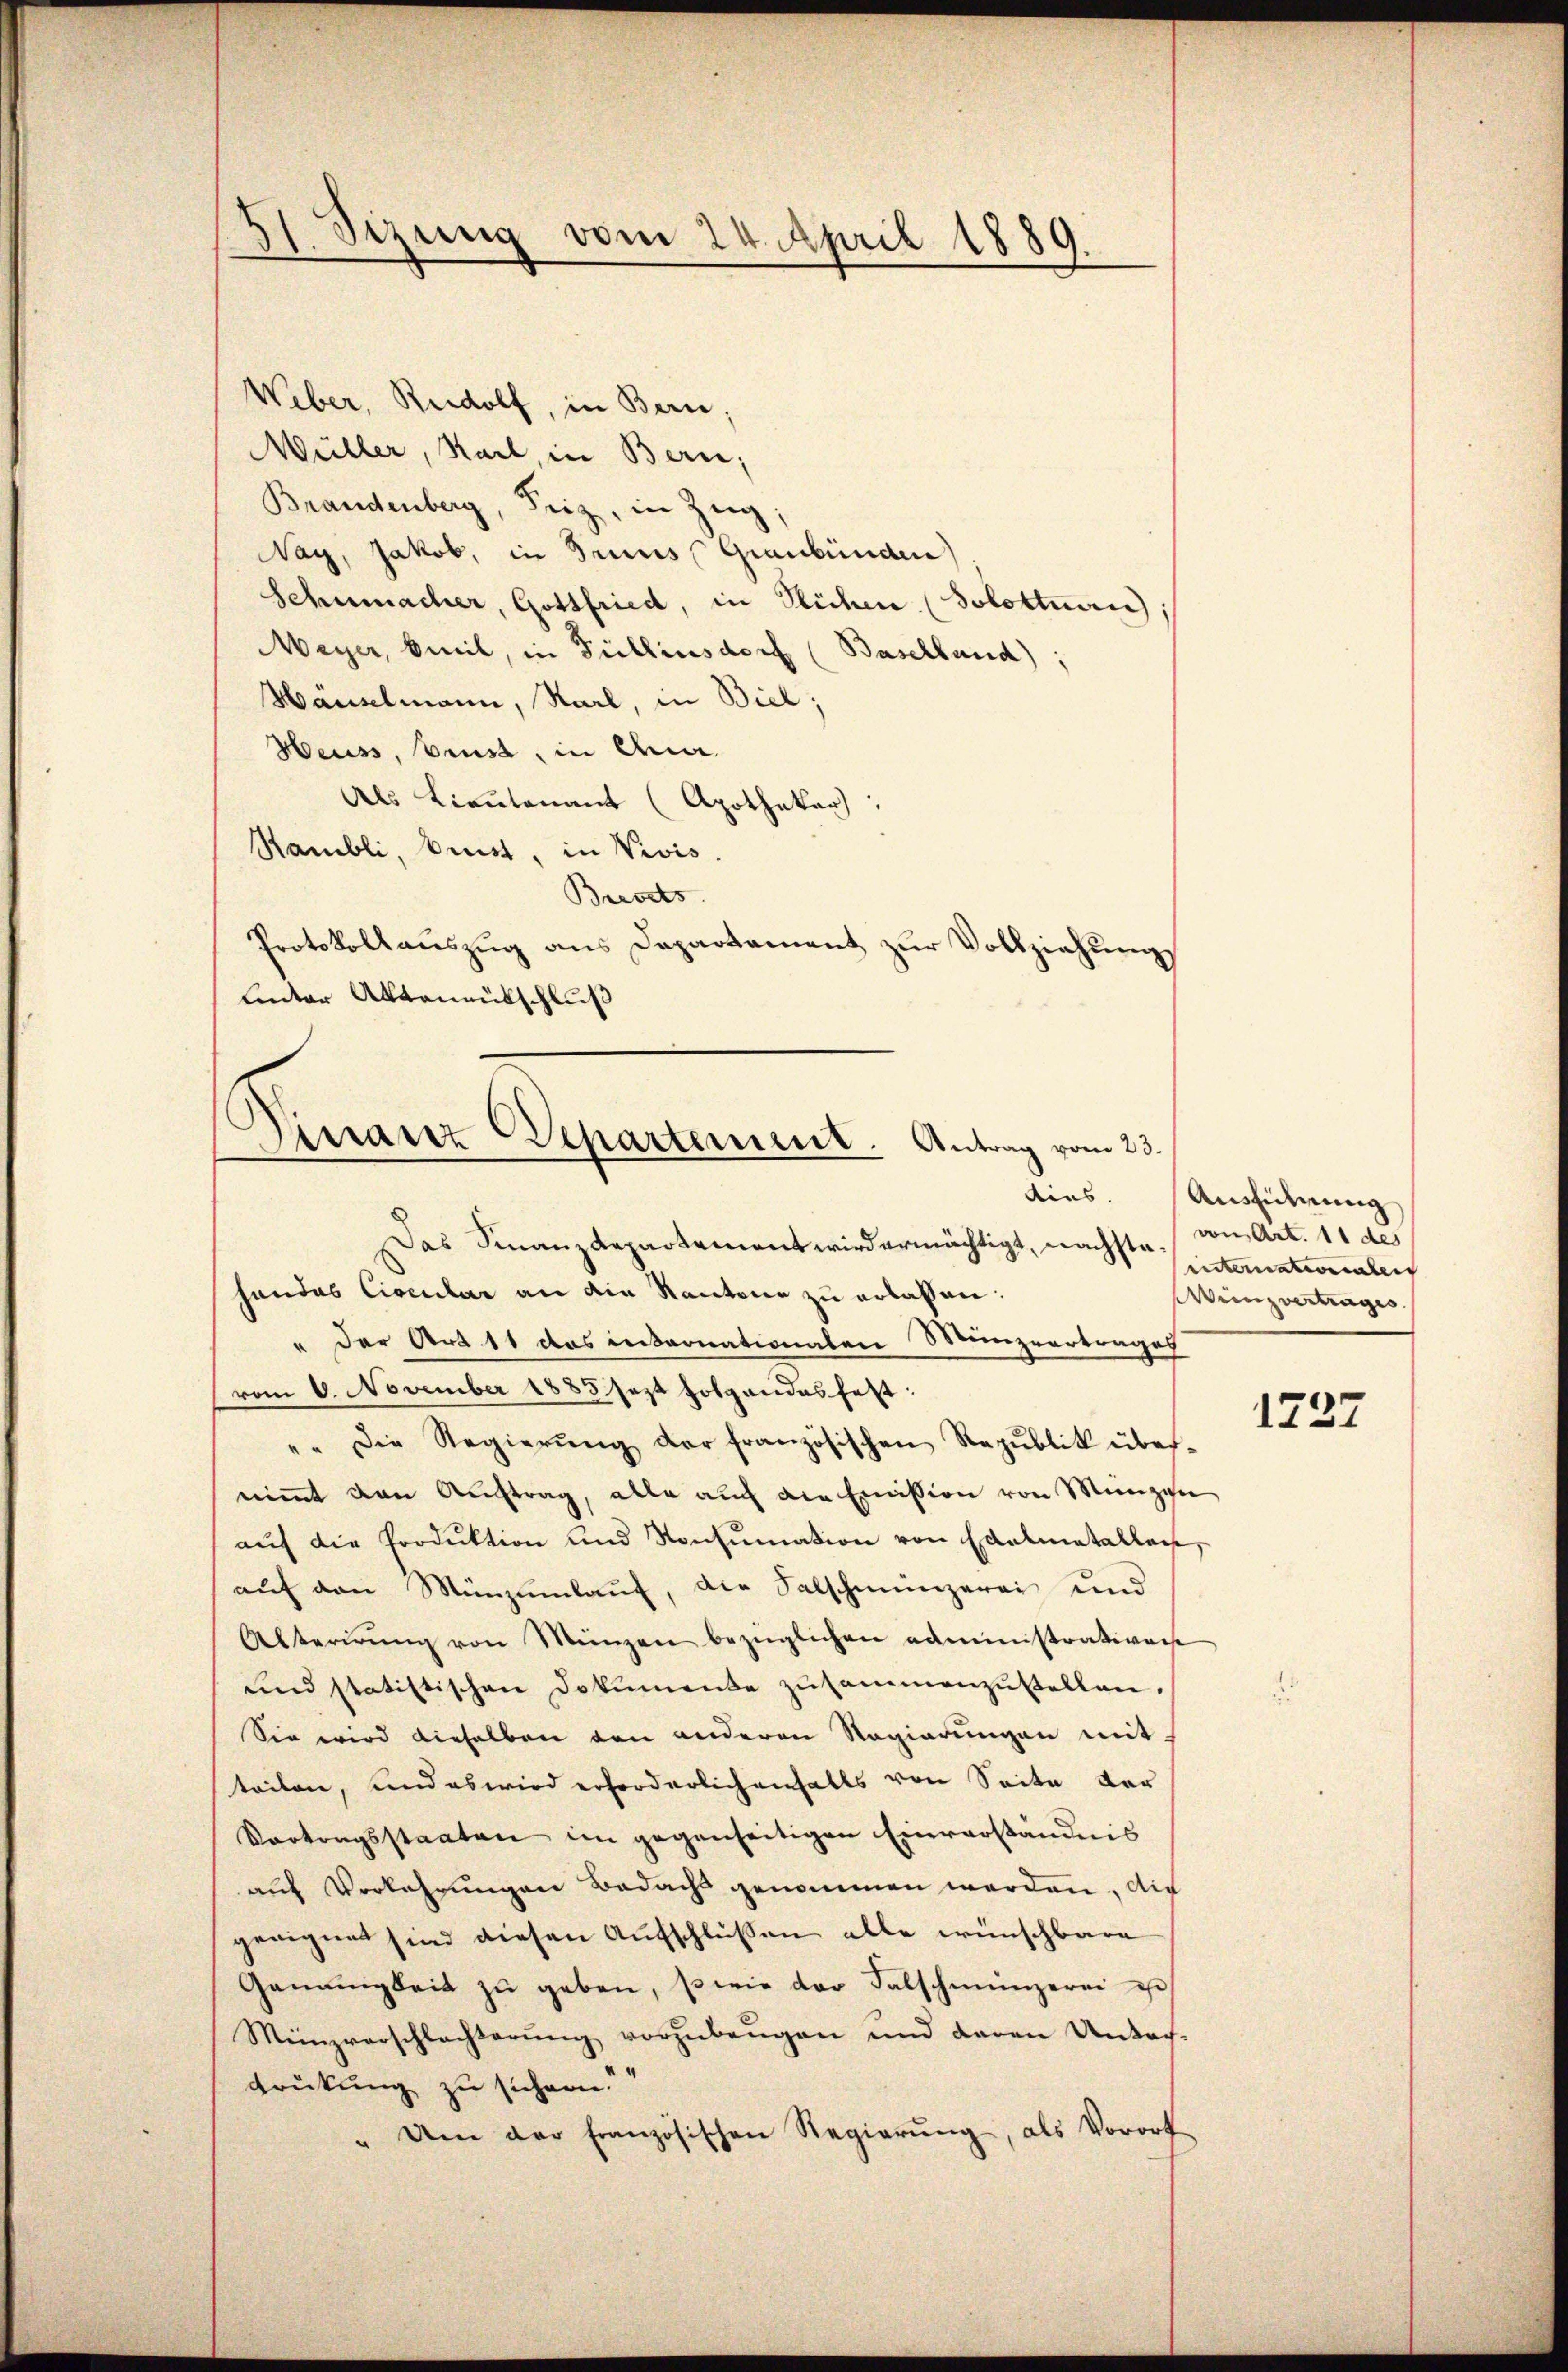
51. Sizung vom 24. April 1889.

Weber, Rudolf, in Berne;
Müller, Sail, in Bern,
Brandenberg, Seiz, in Zeig;
Nay, Jakob, in Bruns Graubünden)
Schumacher, Gottfried, in Flüchen (Solottan;
Meyer, beil, in Füllensdorf (Baselland);
Hauselmann, Karl, in Biel;
Heuss, brust, in Ana
Als Lieutenant (Apothekar:
Rambli, Brust, in Vivis.
Brevets
Protokollauszug aus Departement zur Vollziehung
linter Aktenrütschluß

irranz Departement. Antrag vom 23.
aies.

Das Finanzdepartement wird ermächtigt, nachstehandes Circular an die Kantone zu erlassen:
" der Art 11 das intronationalen Munzertrages
vom 6. November 1883 sezt folgendes fest:
"" die Regierŭng der französischen Republik über-
niṁt den Auftrag, alle aŭch die Emission von Münzen
auf die Produktion und Konsumation von Edelmetallen,
auf den Münzumlauf, die Salschmünzerei und
Alterirŭng von Menzen bezüglichen administrativen
und statistischen Dokumente zusammenzustellen.
Sie wird dieselben den anderen Regierungen mit
teilen, und es wird erforderlichenfalls von Seite der
Vortragsstaaten im gegenseitigen Einverständnis
auf Verkehrungen Bedacht genommen werden, die
geeignet sind diesen Aufschlüßen alle wünschbare
Gemeinigkeit zŭ geben, so wie der Falschmünzerei est
Menzverschlachterŭng vorzŭbeŭgen und daran Untach-
drückung zu sichern.
" Um der französischen Regierŭng, als Vorort

Aushiderung
von Art. 11 des
unternationalen
Wiinzvertrages

1227